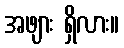
အဖျား ရှိလား။